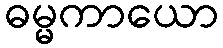
ဓမ္မကာယော